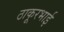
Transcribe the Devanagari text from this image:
ठाकूरभाई